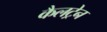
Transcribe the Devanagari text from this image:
कैलट्रेन